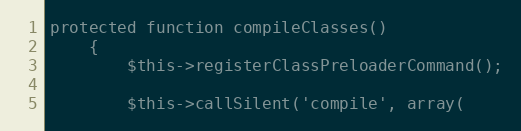
Language: PHP
protected function compileClasses()
	{
		$this->registerClassPreloaderCommand();

		$this->callSilent('compile', array(